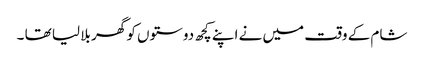
شام کے وقت میں نے اپنے کچھ دوستوں کو گھر بلا لیا تھا ۔